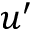
u ^ { \prime }